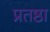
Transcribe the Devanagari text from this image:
प्रतष्ठा